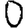
Digit: 0